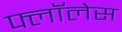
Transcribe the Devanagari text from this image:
फ्लॉलेस